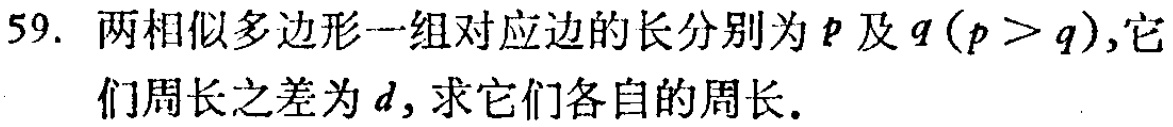
59. 两相似多边形一组对应边的长分别为\(p\)及\(q(p > q)\),它们周长之差为\(d\), 求它们各自的周长.